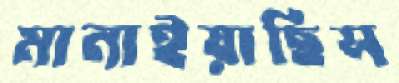
মানাইয়াছিস